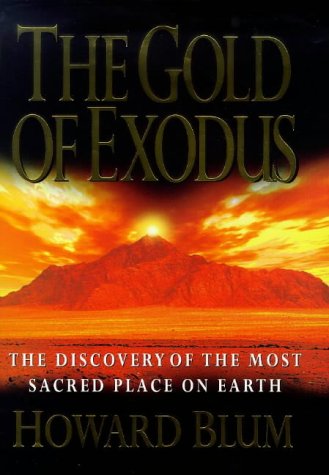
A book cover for Gold of Exodus the Discovery of the Most; Howard Blum; Travel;